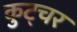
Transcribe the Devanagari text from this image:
कुट्चर